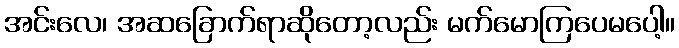
အင်းလေ၊ အဆခြောက်ရာဆိုတော့လည်း မက်မောကြပေမပေါ့။